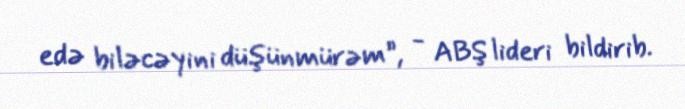
edə biləcəyini düşünmürəm”, - ABŞ lideri bildirib.